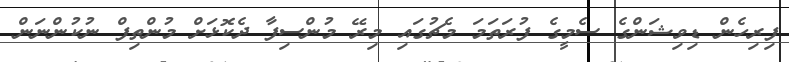
ފިރިހެން ޑިވިޝަންގެ ސެމީގެ ފުރަތަމަ މެޗުގައި މިރޭ މުންސިފާ ދެކޮޅަށް މުންތިފް ނުކުންނަން